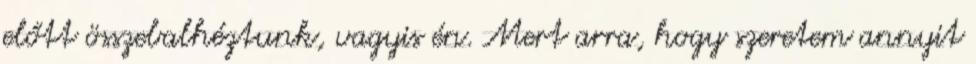
előtt összebalhéztunk, vagyis én. Mert arra, hogy szeretem annyit